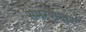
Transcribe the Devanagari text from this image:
समरशेखर